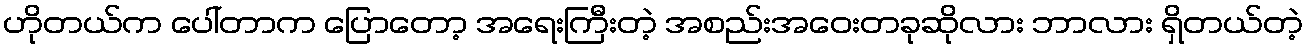
ဟိုတယ်က ပေါ်တာက ပြောတော့ အရေးကြီးတဲ့ အစည်းအဝေးတခုဆိုလား ဘာလား ရှိတယ်တဲ့